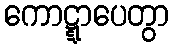
ကောဋ္ဋာပေတွာ